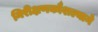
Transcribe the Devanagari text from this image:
निरीक्षणकौशल्याने